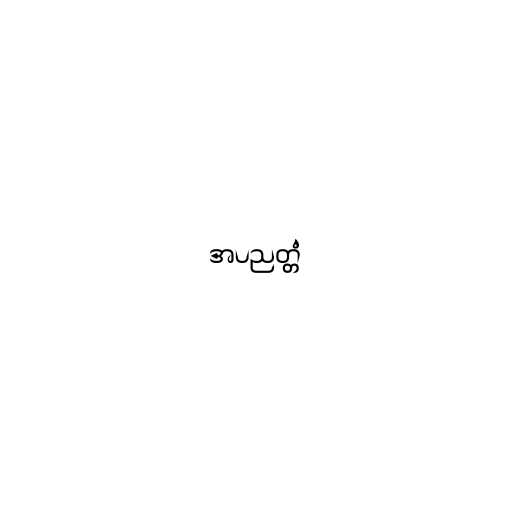
အပညတ္တံ